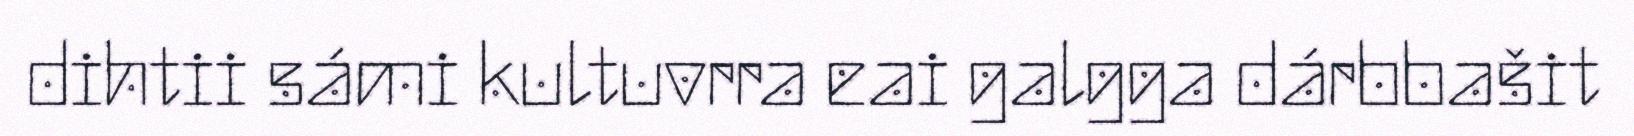
dihtii sámi kultuvrra eai galgga dárbbašit